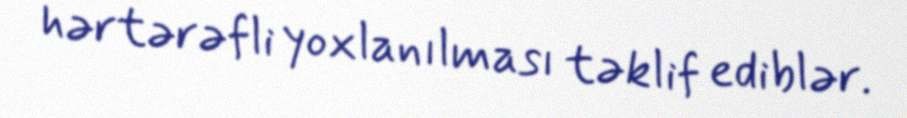
hərtərəfli yoxlanılması təklif ediblər.